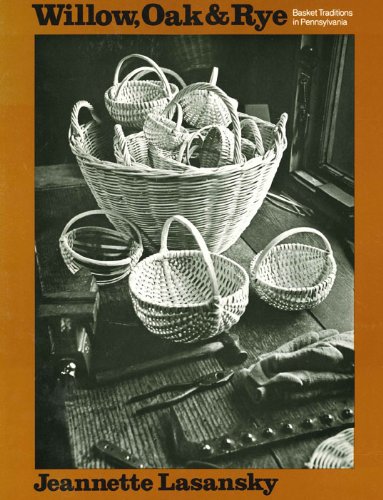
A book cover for Willow, Oak, and Rye: Basket Traditions in Pennsylvania (A Keystone Book Â®); Jeannette Lasansky; Crafts, Hobbies & Home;